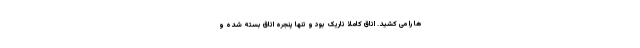
ها را می کشید. اتاق کاملاً تاریک بود و تنها پنجره اتاق بسته شده و